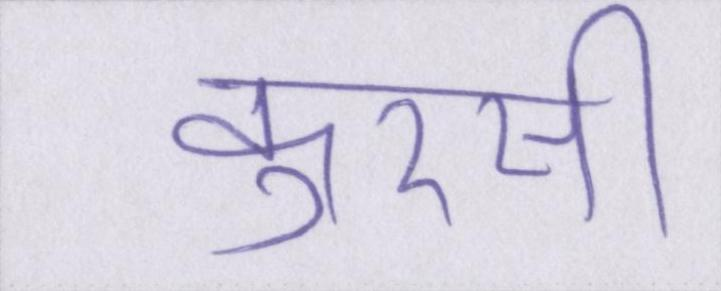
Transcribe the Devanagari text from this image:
कुरसी